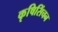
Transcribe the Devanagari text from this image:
कृषिसिंचन